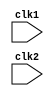
module pipe_RISC16bit(clk1 , clk2); // we use a two phase clock to reduce data hazard.

input clk1 , clk2;   // Two Phase Clock.

// Intemediate registers and latches between pipeline stages.
/* IF = Instruction Fetch stage
   ID = Instruction Decode stage. Here the instructions are given their respective opcode
   EX = Execute Instructions stage
   MEM = fetched into memory. After the type is decoded then depending on the type of execution the me   registers are alloted.
   WB = Register write back stage.
*/
reg [31:0]PC , IF_ID_IR, IF_ID_NPC;  //PC:-  Program Counter , NPC:- New Program Counter 
reg [31:0]ID_EX_IR, ID_EX_NPC, ID_EX_A, ID_EX_B, ID_EX_IMM; //After the opcode is decoded in the ID stage then the type of instructions is set.
reg [2:0]ID_EX_type, EX_MEM_type, MEM_WB_type; 
reg [31:0]EX_MEM_IR, EX_MEM_ALUOUT, EX_MEM_B;
reg EX_MEM_condition; // Required for Branch or Jump condition checking.
reg [31:0]MEM_WB_IR, MEM_WB_ALUOUT, MEM_WB_LMD;
   
reg [31:0]Reg[0:31];  // Register Bank (32X32) memory.
reg [31:0]Mem[0:1023];  //Memory Storage (1024X32) memory.

//Opcode Definitions . Not really necessary just to increase the readabilty of the codes.

parameter ADD  = 6'b000000,
	SUB  = 6'b000001,
	AND  = 6'b000010,
	OR   = 6'b000011,
	SLT  = 6'b000100, // Set Less Than
	MUL  = 6'b000101,
	HLT  = 6'b111111, // Halt Operations. Stop Program Execution.
	LW   = 6'b001000,
	SW   = 6'b001001,
   	ADDI = 6'b001010, // Add Immediate
	SUBI = 6'b001011, // Sub Immediate
	SLTI = 6'b001100,
	BNEQZ = 6'b001101, // Conditional Operator, Branch Not Equal To
	BEQZ = 6'b001110; // Conditional Operator, Branch Equal To

// The Type of instructions. Means the type of instructions executing in the final pipeline
parameter RR_ALU = 3'b000, 
	 	RM_ALU = 3'b001, 
	  	LOAD = 3'b010, 
    	STORE = 3'b011, 
 	  	BRANCH = 3'b100, 
		HALT = 3'b101;

reg HALTED; // Meaning the executions are done. Done only in WB stage.
reg TAKEN_BRANCH; // The conditional statements are executed. And all the other writes will be disabled while this flag is high. So that the conditional statements are executed.

// The INSTRUCTION FETCH STAGE.
always @(posedge clk1) 
	if (HALTED == 0)// If the HALTED signal is set high then there is no further need of fetching any instructions.So we begin only when the HALTED flag is not set high.
	begin
		if (((EX_MEM_IR[31:26] == BEQZ) && (EX_MEM_condition == 1)) || ((EX_MEM_IR[31:26] == BNEQZ) && (EX_MEM_condition == 0)))// Bit Number 26 to 31 has the opcodes so we compare the opcodes to see if the conditions are branch conditions or not. If the register content is zero then EX_MEM_condition is set 1 and vice versa
 		begin
			IF_ID_IR     <= Mem[EX_MEM_ALUOUT];// The address of the next instruction is calculated and stored in the the EX_MEM_ALUOUT rather than the NPC in case of branch instruction so the address stored in that register is moved in IF_ID_IR latch.
			//TAKEN_BRANCH <= 1'b1; //Taken Branch is 1 indicating that the conditional statements is executing
			IF_ID_NPC    <= EX_MEM_ALUOUT + 1;
			PC           <= EX_MEM_ALUOUT + 1;
		end
		else // Branch is not taken then normal instruction stage
		begin
				IF_ID_IR  <= Mem[PC];
				IF_ID_NPC <= PC + 1;
				PC        <= PC + 1;
		end
	end

// The INSTRUCTION DECODE stage
/*Here we are doing three things 
  1. We are decoding the opcodes implied by the case statements 
  2. We are prefetching the two source registers. Register A and B which we use for normal executions. The prefetching is done until in the EX stage we come to know whether the second register is used or not 
 3. We are sign extending the sixteen bit offset.
*/
always @(posedge clk2)
	if (HALTED == 0)
	begin
		if (IF_ID_IR[25:21] == 5'b00000) // Check if the first register is the default register 
		begin
			ID_EX_A <= 0;   // If it is the default register then assign 0 to the reg A
		end
		else
		begin
			ID_EX_A <= Reg[IF_ID_IR[25:21]];   // rs resgister
		end

		if(IF_ID_IR[20:16] == 5'b00000)  // Check if the 2nd register is the default register 
		begin
			ID_EX_B <= 0;  // if it is then assign ) to reg B
		end
		else
		begin
			ID_EX_B <= Reg[IF_ID_IR[20:16]];   // rt register
		end
		
		ID_EX_NPC <= IF_ID_NPC; // No change in NPC as PC is incremented only on the IF stage 
		ID_EX_IR <= IF_ID_IR; // The register values are also carried to the next stage.
		ID_EX_IMM <= {{16{IF_ID_IR[15]}}, {IF_ID_IR[15:0]}}; // sign extension. The signed bit is replicated 16 times and replicated. This is a unique feature of  2's compliment saving method
		
		// The opcodes decoding 
		case (IF_ID_IR[31:26])
			ADD,SUB,AND,OR,SLT,MUL:   ID_EX_type <= RR_ALU;
			ADDI,SUBI, SLTI:          ID_EX_type <= RM_ALU;
			LW:			  ID_EX_type <= LOAD;
			SW:			  ID_EX_type <= STORE;
			BNEQZ, BEQZ:   		  ID_EX_type <= BRANCH;
			HLT: 			  ID_EX_type <= HALT;
			default: 		  ID_EX_type <= HALT; // Invalid opcode.
		endcase
	end	

// The EX stage . The statements are executed in this stage. Only in this stage we come to know whether the branch statements are allowed to execute or not. 		
always @(posedge clk1)
	if (HALTED == 0)
	begin
		EX_MEM_type  <= ID_EX_type;
		EX_MEM_IR    <= ID_EX_IR;
		TAKEN_BRANCH <= 0;  // The taken branch which was set to one in the first stage is now set to zero as soon after the conditional statements are executed. Then the remaining statements are executed
		
		case (ID_EX_type)
			RR_ALU:  // Register to Register ALU
				begin
					case (ID_EX_IR[31:26])  //opcode
						ADD:  EX_MEM_ALUOUT <= ID_EX_A + ID_EX_B;
						SUB:  EX_MEM_ALUOUT <= ID_EX_A - ID_EX_B;
						AND:  EX_MEM_ALUOUT <= ID_EX_A & ID_EX_B;
						OR :  EX_MEM_ALUOUT <= ID_EX_A | ID_EX_B;
						SLT:  EX_MEM_ALUOUT <= ID_EX_A < ID_EX_B;
						MUL:  EX_MEM_ALUOUT <= ID_EX_A * ID_EX_B;
						default: EX_MEM_ALUOUT <= 32'hxxxxxxxx; // Invalid opcode.
			      		endcase
				end

			RM_ALU:
				begin
					case (ID_EX_IR[31:26])  //opcode
							
						ADDI:  EX_MEM_ALUOUT <= ID_EX_A + ID_EX_IMM;
						SUBI:  EX_MEM_ALUOUT <= ID_EX_A - ID_EX_IMM;
 						SLTI:  EX_MEM_ALUOUT <= ID_EX_A < ID_EX_IMM;
						default: EX_MEM_ALUOUT <= 32'hxxxxxxxx;
					endcase
				end
		
			LOAD, STORE:
				begin
					EX_MEM_ALUOUT <= ID_EX_A + ID_EX_IMM;
					EX_MEM_B <= ID_EX_B;
				end
		
			BRANCH:
				begin
					EX_MEM_ALUOUT <= ID_EX_NPC + ID_EX_IMM; // The next address is evaluated here which is to be taken if the branch is taken. 
					EX_MEM_condition <= (ID_EX_A == 0); // Evaluating the condition
				end
		endcase
	end

 //The MEM stage. Here the values are written in the Memory.

always @(posedge clk2)
	if (HALTED == 0)
	begin
		MEM_WB_type <= EX_MEM_type;
		MEM_WB_IR   <= EX_MEM_IR;
		
		case (EX_MEM_type)
			RR_ALU , RM_ALU:
				MEM_WB_ALUOUT <= EX_MEM_ALUOUT;
			LOAD:
				MEM_WB_LMD    <= Mem[EX_MEM_ALUOUT];
			STORE:
				if (TAKEN_BRANCH == 0)  // Disable Write
				begin
					Mem[EX_MEM_ALUOUT] <= EX_MEM_B;	
				end
		endcase
	end

//The WB stage. Here the results calculated will be stored. The desired results are written back to the register Bank.
always @(posedge clk1)
	begin
		if (TAKEN_BRANCH == 0) // Disable write if Branch is Taken.
		case (MEM_WB_type)
			RR_ALU: Reg[MEM_WB_IR[15:11]]  <= MEM_WB_ALUOUT;
			RM_ALU: Reg[MEM_WB_IR[20:16]]  <= MEM_WB_ALUOUT;
			LOAD:   Reg[MEM_WB_IR[20:16]]  <= MEM_WB_LMD;
			HALT:   HALTED                 <= 1'b1;
		endcase
	end

endmodule